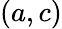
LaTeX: (a,c)